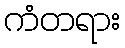
ကံတရား